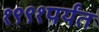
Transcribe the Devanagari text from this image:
१९९१पर्यंत